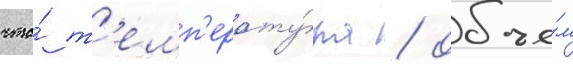
что́ т'емп'ерату́ра / объе́м